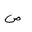
Letter: _sad